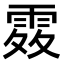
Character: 𩂫